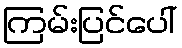
ကြမ်းပြင်ပေါ်